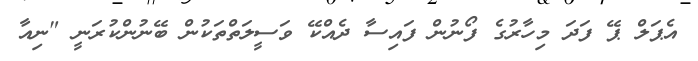
އެޕަލް ޕޭ ފަދަ މިހާރުގެ ފޯނުން ފައިސާ ދެއްކޭ ވަސީލަތްތަކުން ބޭނުންކުރަނީ "ނިއާ